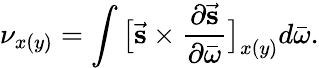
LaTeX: \nu_{x(y)}=\int\big[\vec{\mathbf{s}}\times\frac{\partial\vec{\mathbf{s}}}{\partial\bar{\omega}}\big]_{x(y)}d\bar{\omega}.